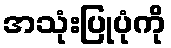
အသုံးပြုပုံကို